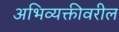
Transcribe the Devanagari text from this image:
अभिव्यक्तीवरील